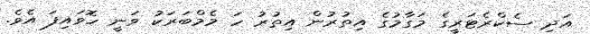
އަދި ސެކްރެޓަރީގެ މަގާމުގެ އިތުރުން އިތުރު ހަ މެމްބަރަކު ވަނީ ހޮވައިފަ އެވެ.